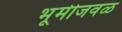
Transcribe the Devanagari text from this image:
भूमीजवळ